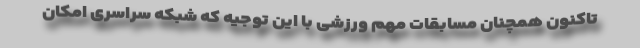
تاکنون همچنان مسابقات مهم ورزشی با این توجیه که شبکه سراسری امکان